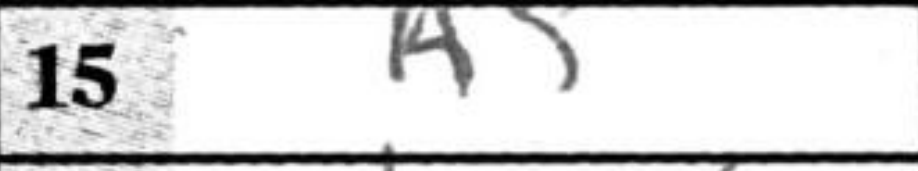
Transcription: h5